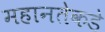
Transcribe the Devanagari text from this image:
महानतेकडे